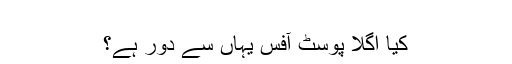
‬
‫کیا اگلا پوسٹ آفس یہاں سے دور ہے؟